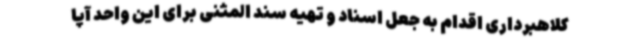
کلاهبرداری اقدام به جعل اسناد و تهیه سند المثنی برای این واحد آپا